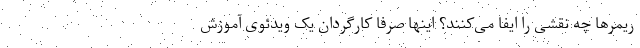
ریمرها چه نقشی را ایفا می‌کنند؟ اینها صرفا کارگردان یک ویدئوی آموزش